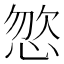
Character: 𢛦